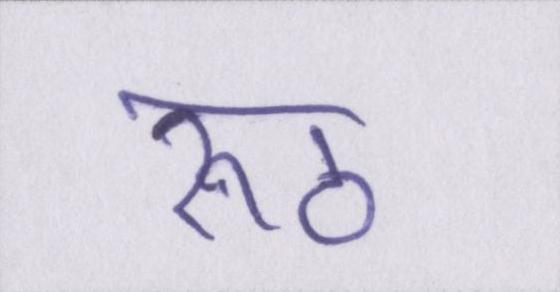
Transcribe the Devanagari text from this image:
रूठ